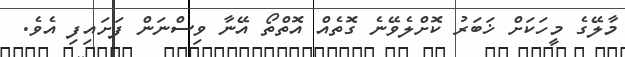
މާލޭގެ މީހަކަށް ޚަބަރު ކޮށްލެވޭނެ ގޮތެއް އޮތްތޯ އޭނާ ވިސްނަން ފަށައިފި އެވެ.